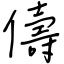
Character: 儔